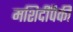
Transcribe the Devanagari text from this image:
मशिदींपैकी